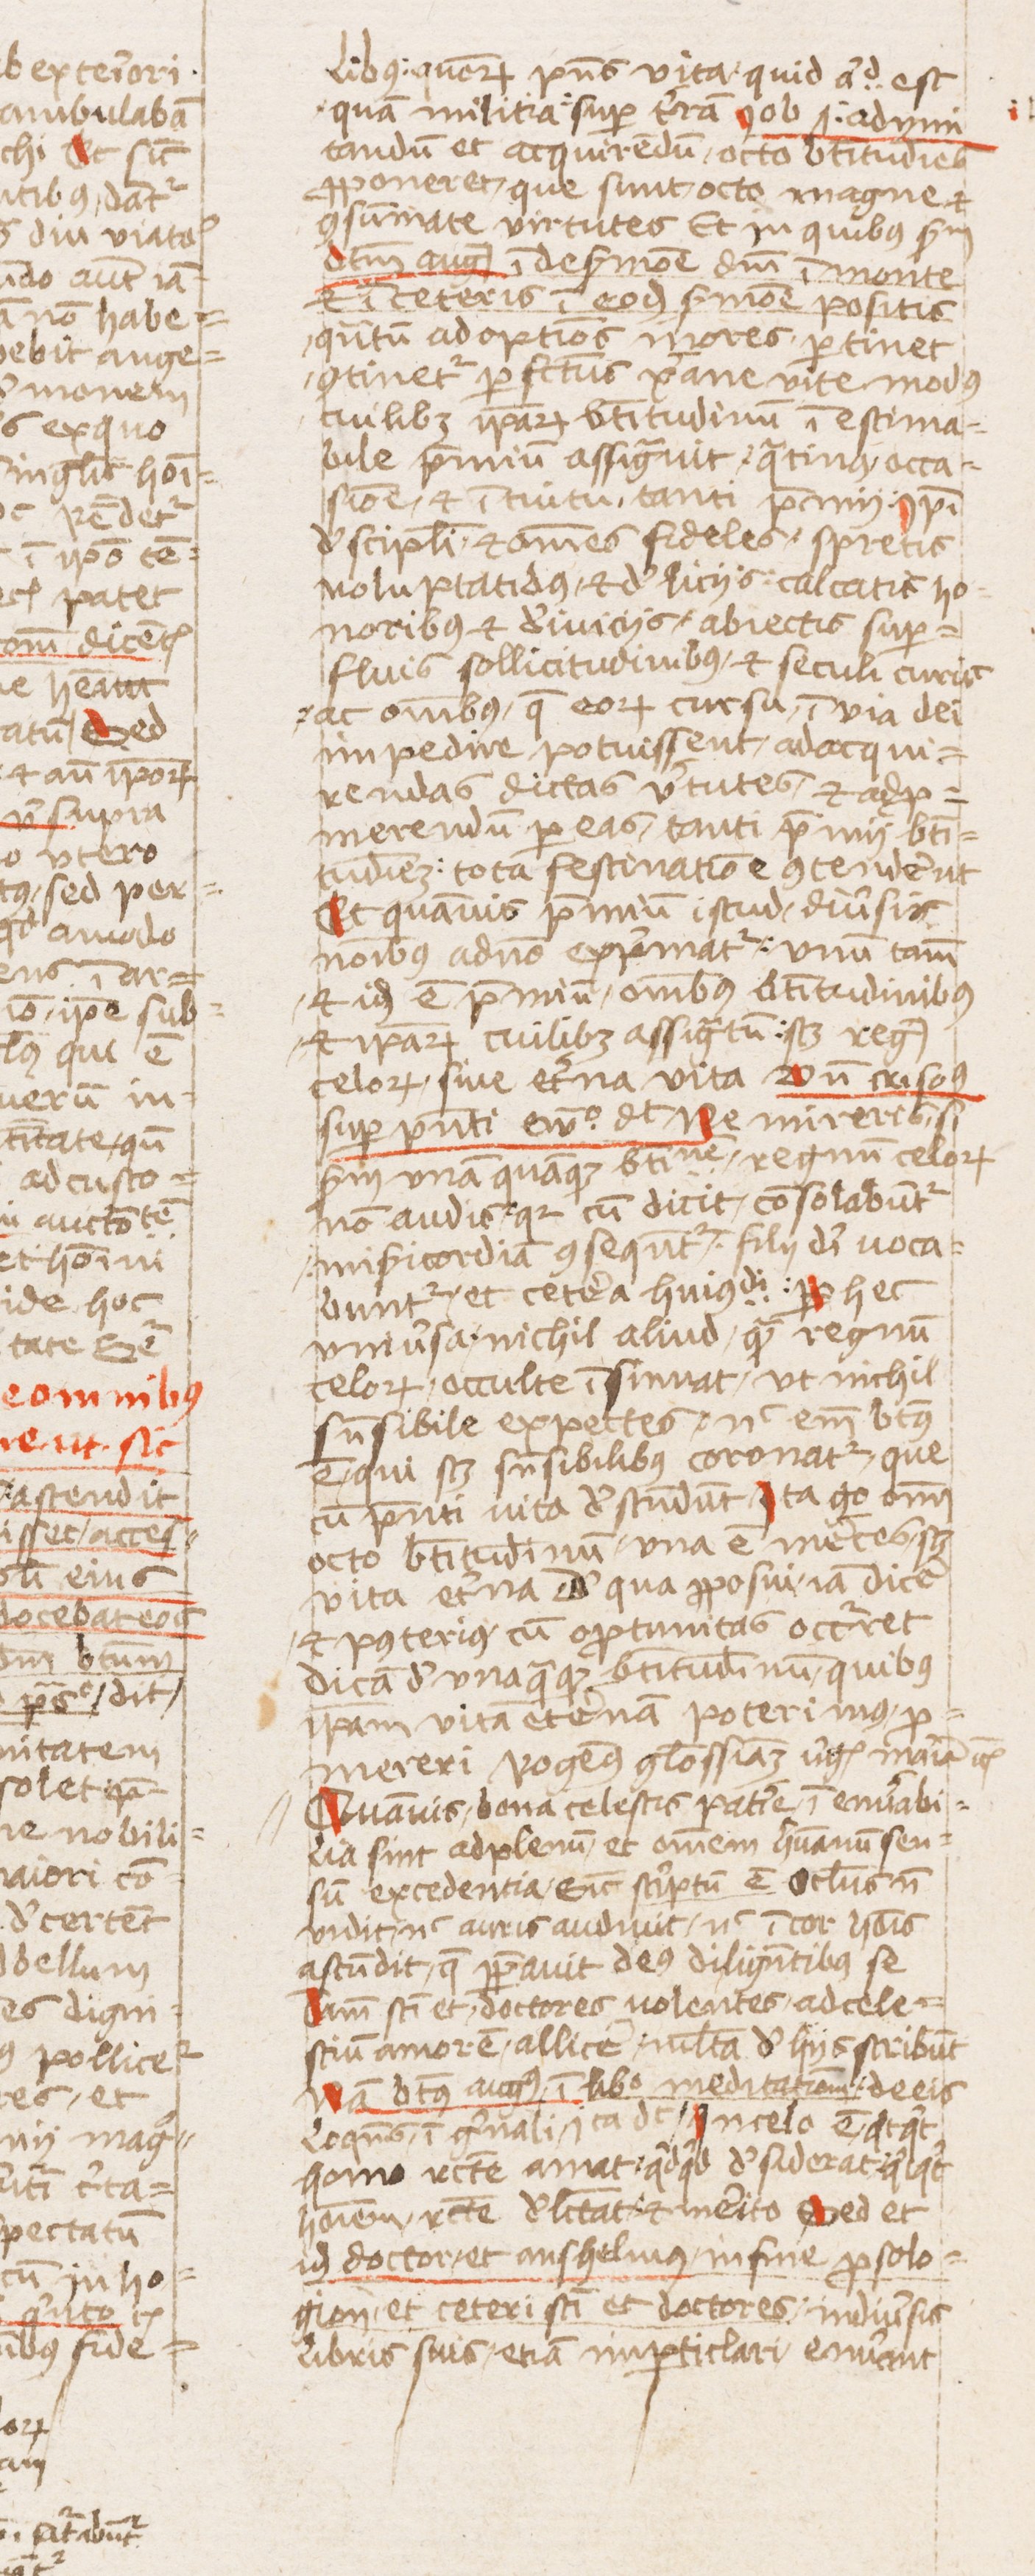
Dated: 1440–1470